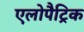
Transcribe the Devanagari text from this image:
एलोपैट्रिक